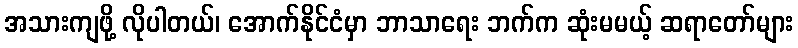
အသားကျဖို့ လိုပါတယ်၊ အောက်နိုင်ငံမှာ ဘာသာရေး ဘက်က ဆုံးမမယ့် ဆရာတော်များ